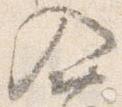
入